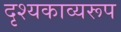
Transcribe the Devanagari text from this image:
दृश्यकाव्यरूप